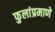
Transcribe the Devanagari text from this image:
फुलांप्रमाणे